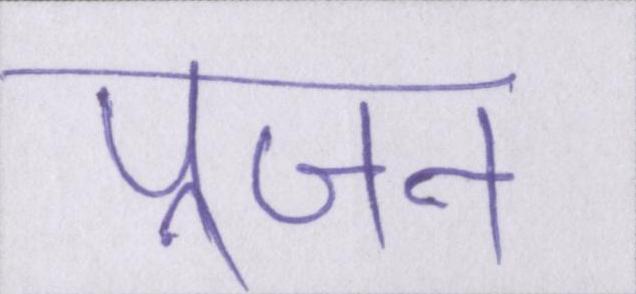
पूजन